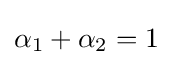
\alpha _{1}+\alpha _{2}=1